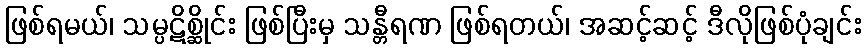
ဖြစ်ရမယ်၊ သမ္ပဋိစ္ဆိုင်း ဖြစ်ပြီးမှ သန္တီရဏ ဖြစ်ရတယ်၊ အဆင့်ဆင့် ဒီလိုဖြစ်ပုံချင်း